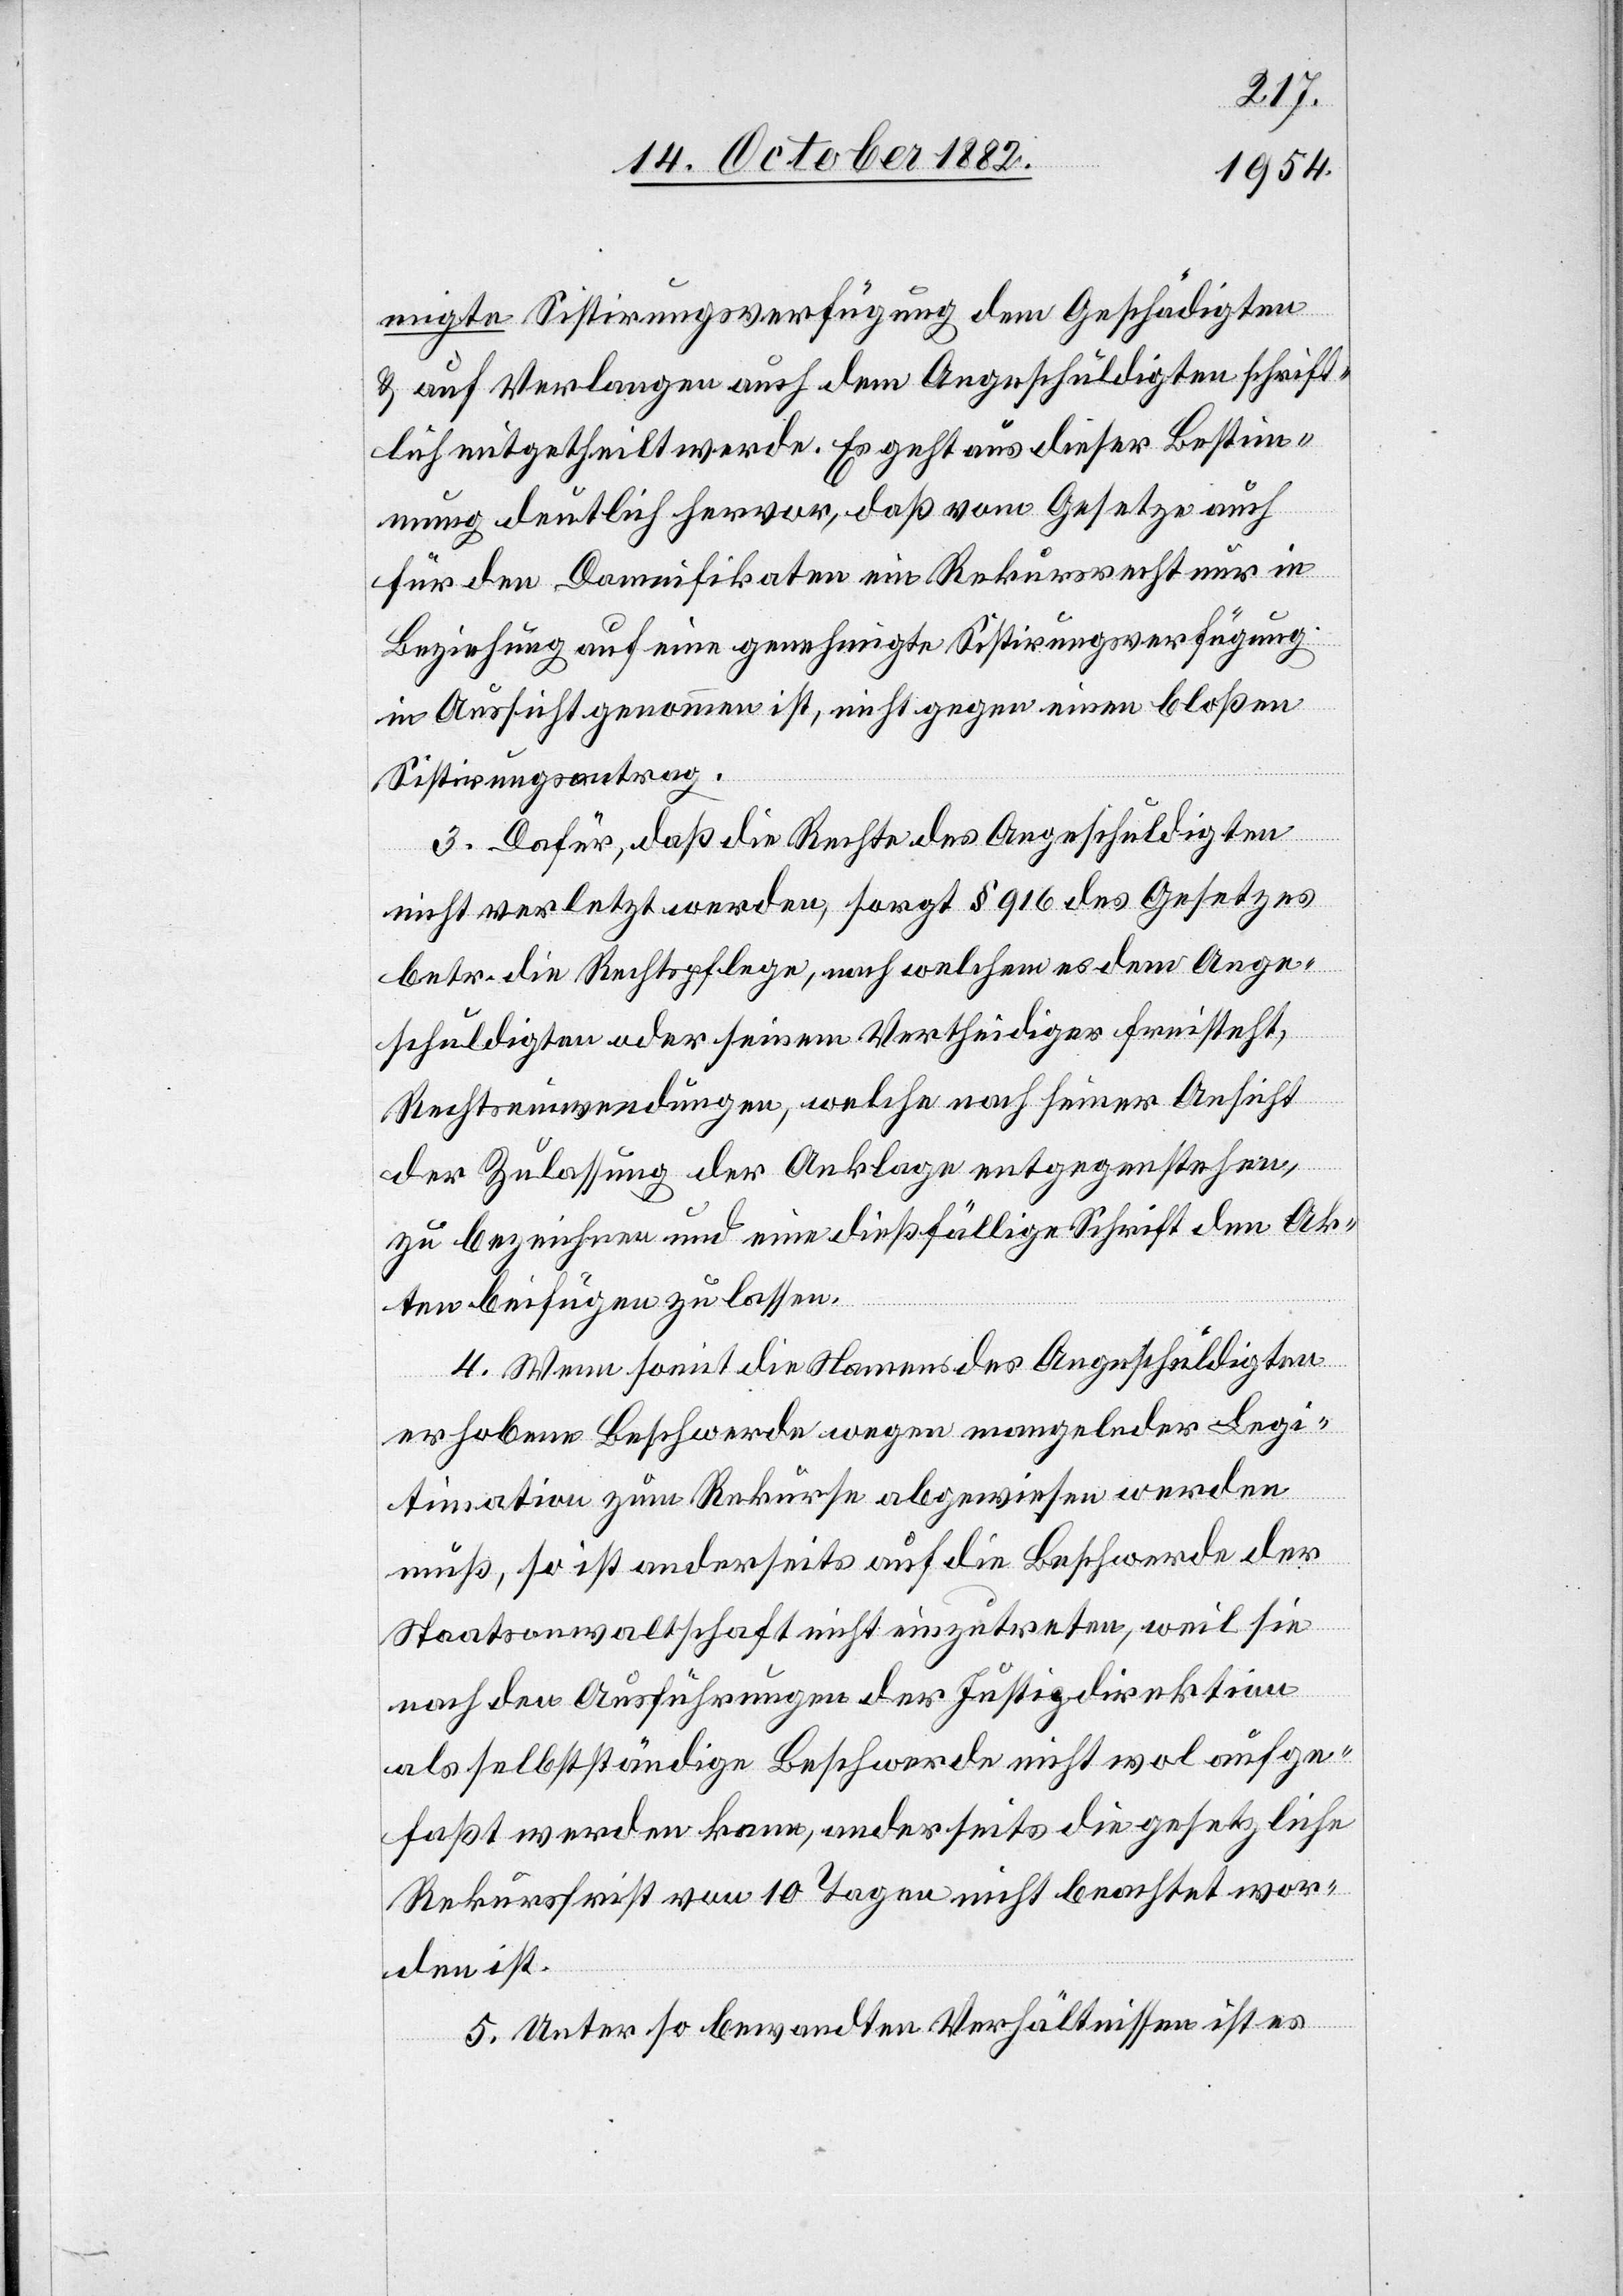
migte Sistirungsverfügung dem Geschädigten
& auf Verlangen auch dem Angeschuldigten schrift¬
lich mitgetheilt werde. Es geht aus dieser Bestimm¬
ung deutlich hervor, daß vom Gesetze auch
für den Damnifikaten ein Rekursrecht nur in
Beziehung auf eine genehmigte Sistirungsverfügung
in Aussicht genommen ist, nicht gegen einen bloßen
Sistirungsantrag.
3. Dafür, daß die Rechte des Angeschuldigten
nicht verletzt werden, sorgt § 916 des Gesetzes
betr. die Rechtspflege, nach welchem es dem Ange¬
schuldigten oder seinem Vertheidiger freisteht,
Rechtseinwendungen, welche nach seiner Ansicht
der Zulassung der Anklage entgegenstehen,
zu bezeichnen und eine dießfällige Schrift den Ak¬
ten beifügen zu lassen.
4. Wenn somit die Namens des Angeschuldigten
erhobene Beschwerde wegen mangelnder Legi¬
timation zum Rekurse abgewiesen werden
muß, so ist anderseits auf die Beschwerde der
Staatsanwaltschaft nicht einzutreten, weil sie
nach den Ausführungen der Justizdirektion
als selbstständige Beschwerde nicht wol aufge¬
faßt werden kann, anderseits die gesetzliche
Rekursfrist von 10 Tagen nicht beachtet wor¬
den ist.
5. Unter so bewandten Verhältnissen ist es